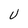
Character: U